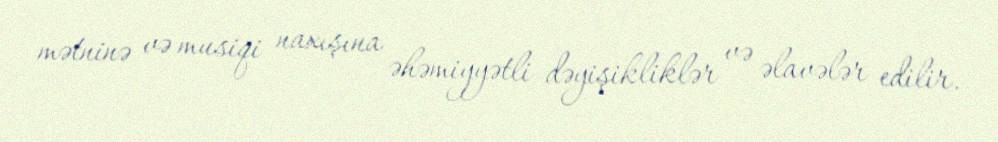
mətninə və musiqi naxışına əhəmiyyətli dəyişikliklər və əlavələr edilir.